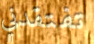
تفتقدني